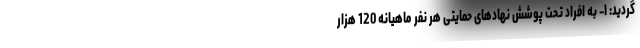
گردید: ١– به افراد تحت پوشش نهادهای حمایتی هر نفر ماهیانه 120 هزار